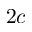
2 c